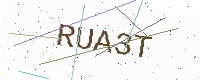
Text: RUA3T